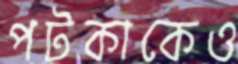
পটকাকেও